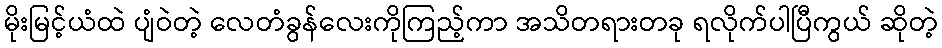
မိုးမြင့်ယံထဲ ပျံဝဲတဲ့ လေတံခွန်လေးကိုကြည့်ကာ အသိတရားတခု ရလိုက်ပါပြီကွယ် ဆိုတဲ့